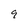
Character: 9